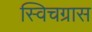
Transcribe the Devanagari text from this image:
स्विचग्रास